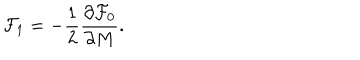
LaTeX: { \cal F } _ { 1 } = - \frac { 1 } { 2 } \frac { \partial { \cal F } _ { 0 } } { \partial M } .